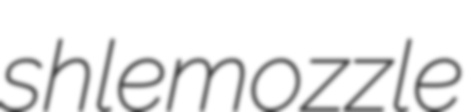
shlemozzle